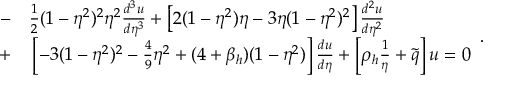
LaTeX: \begin{array} { r l } { { - } } & { { } { { } \frac { 1 } { 2 } ( 1 - \eta ^ { 2 } ) ^ { 2 } \eta ^ { 2 } \frac { d ^ { 3 } u } { d \eta ^ { 3 } } + \left[ 2 ( 1 - \eta ^ { 2 } ) \eta - 3 \eta ( 1 - \eta ^ { 2 } ) ^ { 2 } \right] \frac { d ^ { 2 } u } { d \eta ^ { 2 } } } } \\ { { + } } & { { } { { } \left[ - 3 ( 1 - \eta ^ { 2 } ) ^ { 2 } - \frac { 4 } { 9 } \eta ^ { 2 } + ( 4 + \beta _ { h } ) ( 1 - \eta ^ { 2 } ) \right] \frac { d u } { d \eta } + \left[ \rho _ { h } \frac { 1 } { \eta } + \tilde { q } \right] u = 0 } } \end{array} .